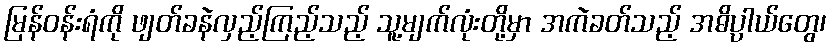
မြန်ဝန်းရံကို ဖျတ်ခနဲလှည့်ကြည့်သည့် သူ့မျက်လုံးတို့မှာ အကဲခတ်သည့် အဓိပ္ပါယ်တွေ၊